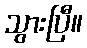
သွားပြီ။